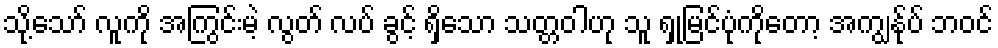
သို့သော် လူကို အကြွင်းမဲ့ လွတ် လပ် ခွင့် ရှိသော သတ္တဝါဟု သူ ရှုမြင်ပုံကိုတော့ အကျွန်ုပ် ဘဝင်